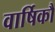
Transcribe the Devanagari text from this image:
वार्षिकौ